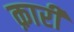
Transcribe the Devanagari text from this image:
क़ारी